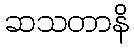
ဆသတာနိ